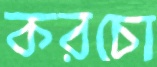
করচো